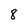
Character: 8